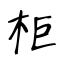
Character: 柜